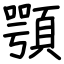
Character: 顎